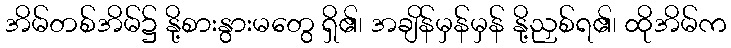
အိမ်တစ်အိမ်၌ နို့စားနွားမတွေ ရှိ၏၊ အချိန်မှန်မှန် နို့ညှစ်ရ၏၊ ထိုအိမ်က